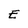
Character: E